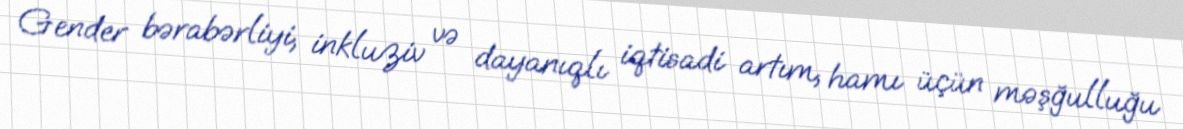
Gender bərabərliyi, inkluziv və dayanıqlı iqtisadi artım, hamı üçün məşğulluğu